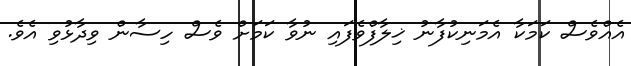
އެއްވެސް ކަމަކާ އެމަނިކުފާނު ޚިލާފްވެފައި ނުވާ ކަމަށް ވެސް ހިސާން ވިދާޅުވި އެވެ.